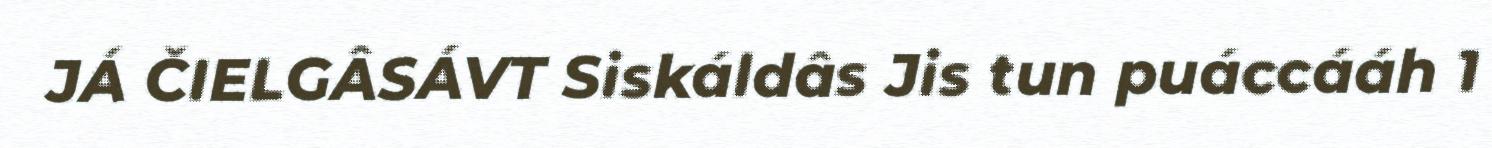
JÁ ČIELGÂSÁVT Siskáldâs Jis tun puáccááh 1